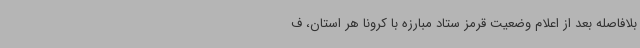
بلافاصله بعد از اعلام وضعیت قرمز ستاد مبارزه با کرونا هر استان، ف